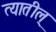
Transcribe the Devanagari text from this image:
त्यातील्